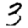
Digit: 3